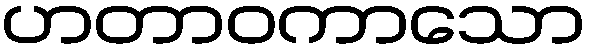
ဟတာဝကာသော